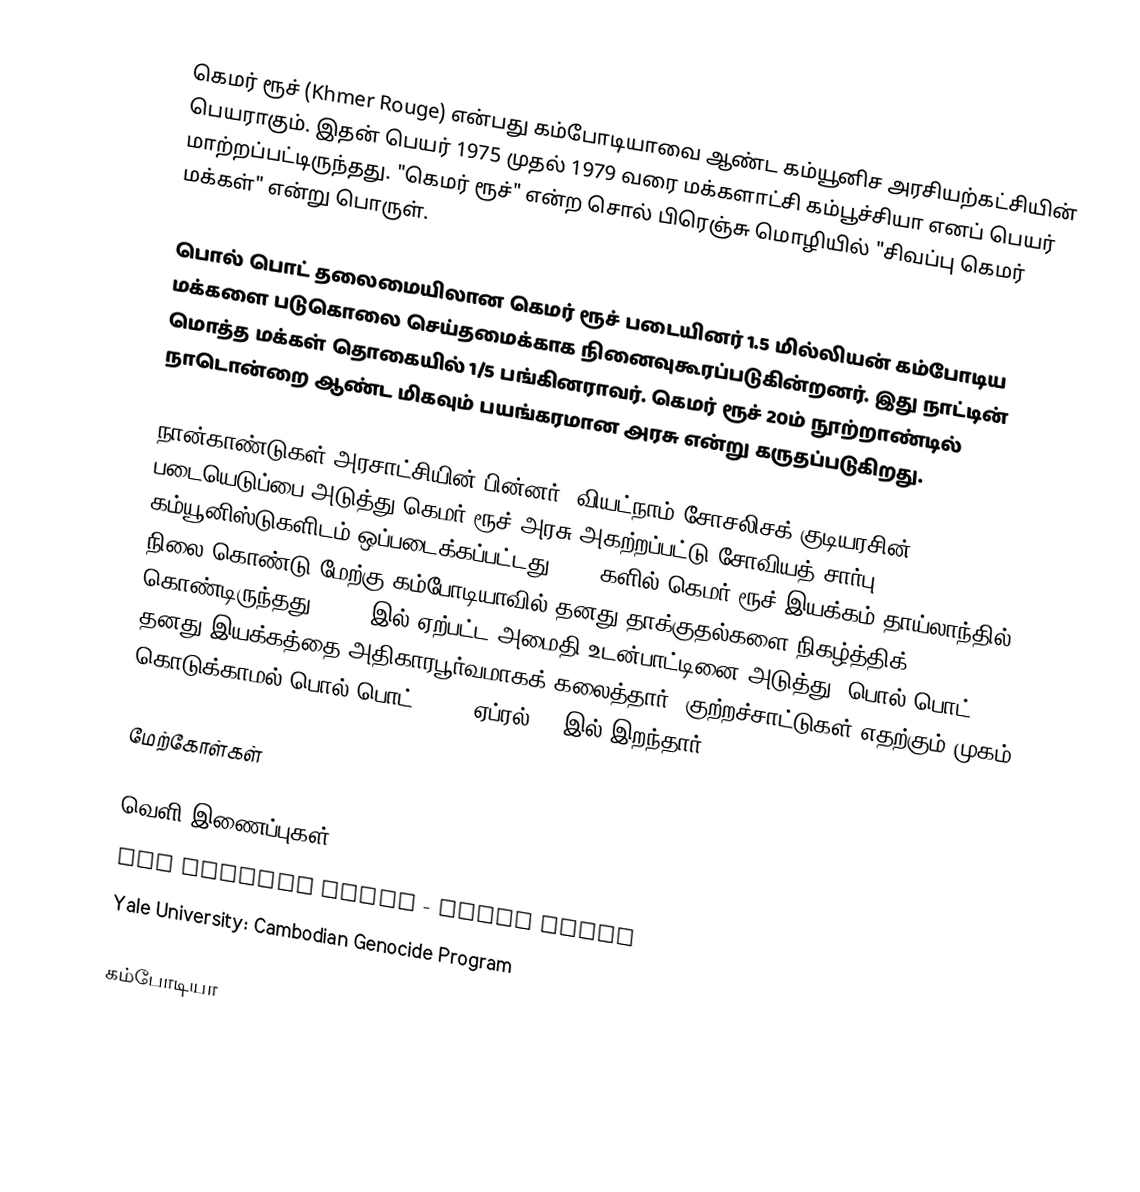
கெமர் ரூச் (Khmer Rouge) என்பது கம்போடியாவை ஆண்ட கம்யூனிச அரசியற்கட்சியின் பெயராகும். இதன் பெயர் 1975 முதல் 1979 வரை மக்களாட்சி கம்பூச்சியா எனப் பெயர் மாற்றப்பட்டிருந்தது. "கெமர் ரூச்" என்ற சொல் பிரெஞ்சு மொழியில் "சிவப்பு கெமர் மக்கள்" என்று பொருள்.

பொல் பொட் தலைமையிலான கெமர் ரூச் படையினர் 1.5 மில்லியன் கம்போடிய மக்களை படுகொலை செய்தமைக்காக நினைவுகூரப்படுகின்றனர். இது நாட்டின் மொத்த மக்கள் தொகையில் 1/5 பங்கினராவர். கெமர் ரூச் 20ம் நூற்றாண்டில் நாடொன்றை ஆண்ட மிகவும் பயங்கரமான அரசு என்று கருதப்படுகிறது.

நான்காண்டுகள் அரசாட்சியின் பின்னர், வியட்நாம் சோசலிசக் குடியரசின் படையெடுப்பை அடுத்து கெமர் ரூச் அரசு அகற்றப்பட்டு சோவியத் சார்பு கம்யூனிஸ்டுகளிடம் ஒப்படைக்கப்பட்டது. 1990களில் கெமர் ரூச் இயக்கம் தாய்லாந்தில் நிலை கொண்டு மேற்கு கம்போடியாவில் தனது தாக்குதல்களை நிகழ்த்திக் கொண்டிருந்தது. 1996 இல் ஏற்பட்ட அமைதி உடன்பாட்டினை அடுத்து, பொல் பொட் தனது இயக்கத்தை அதிகாரபூர்வமாகக் கலைத்தார். குற்றச்சாட்டுகள் எதற்கும் முகம் கொடுக்காமல் பொல் பொட் 1998, ஏப்ரல் 15 இல் இறந்தார்.

மேற்கோள்கள்

வெளி இணைப்புகள்
 The Killing Field - Kevin Sites
 Yale University: Cambodian Genocide Program

கம்போடியா